Civil Veterinary Dept. Bombay admin report 1907-1913 - 1907-1913
Year: 1907
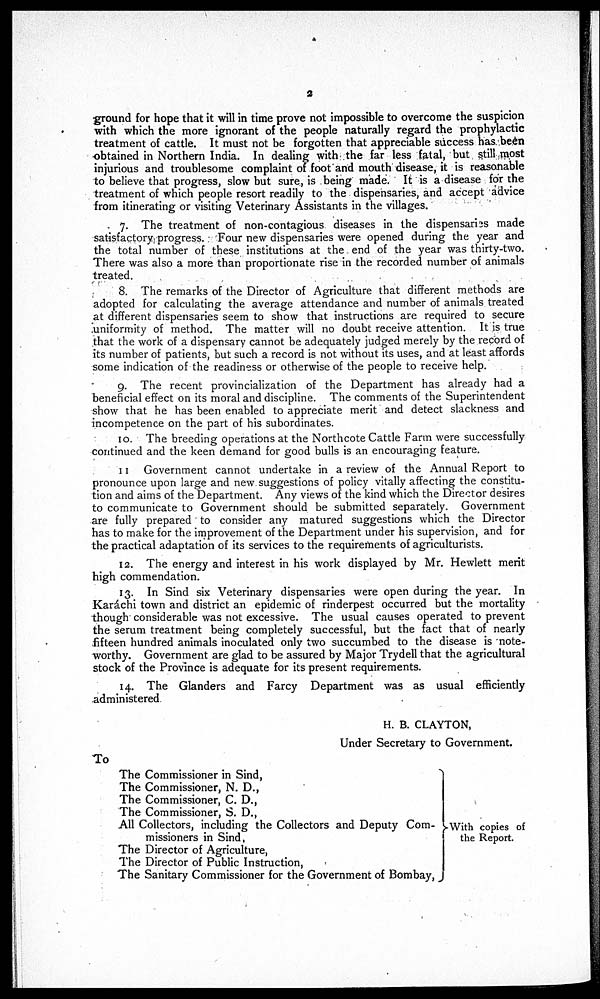
2
ground for hope that it will in time prove not impossible to overcome the suspicion
with which the more ignorant of the people naturally regard the prophylactic
treatment of cattle. It must not be forgotten that appreciable success has been
obtained in Northern India. In dealing with the far less fatal, but still most
injurious and troublesome complaint of foot and mouth disease, it is reasonable
to believe that progress, slow but sure, is being made. It is a disease for the
treatment of which people resort readily to the dispensaries, and accept advice
from itinerating or visiting Veterinary Assistants in the villages.
7. The treatment of non-contagious diseases in the dispensaries made
satisfactory progress. Four new dispensaries were opened during the year and
the total number of these institutions at the end of the year was thirty-two.
There was also a more than proportionate rise in the recorded number of animals
treated.
8. The remarks of the Director of Agriculture that different methods are
adopted for calculating the average attendance and number of animals treated
at different dispensaries seem to show that instructions are required to secure
uniformity of method. The matter will no doubt receive attention. It is true
that the work of a dispensary cannot be adequately judged merely by the record of
its number of patients, but such a record is not without its uses, and at least affords
some indication of the readiness or otherwise of the people to receive help.
9. The recent provincialization of the Department has already had a
beneficial effect on its moral and discipline. The comments of the Superintendent
show that he has been enabled to appreciate merit and detect slackness and
incompetence on the part of his subordinates.
10. The breeding operations at the Northcote Cattle Farm were successfully
continued and the keen demand for good bulls is an encouraging feature.
11 Government cannot undertake in a review of the Annual Report to
pronounce upon large and new suggestions of policy vitally affecting the constitu-
tion and aims of the Department. Any views of the kind which the Director desires
to communicate to Government should be submitted separately. Government
are fully prepared to consider any matured suggestions which the Director
has to make for the improvement of the Department under his supervision, and for
the practical adaptation of its services to the requirements of agriculturists.
12. The energy and interest in his work displayed by Mr. Hewlett merit
high commendation.
13. In Sind six Veterinary dispensaries were open during the year. In
Karachi town and district an epidemic of rinderpest occurred but the mortality
though considerable was not excessive. The usual causes operated to prevent
the serum treatment being completely successful, but the fact that of nearly
fifteen hundred animals inoculated only two succumbed to the disease is note-
worthy. Government are glad to be assured by Major Trydell that the agricultural
stock of the Province is adequate for its present requirements.
14. The Glanders and Farcy Department was as usual efficiently
administered
H. B. CLAYTON,
Under Secretary to Government.
To
The Commissioner in Sind,
The Commissioner, N. D.,
The Commissioner, C. D.,
The Commissioner, S. D.,
All Collectors, including the Collectors and Deputy Com-
missioners in Sind,
The Director of Agriculture,
The Director of Public Instruction,
The Sanitary Commissioner for the Government of Bombay,
With copies of
the Report.